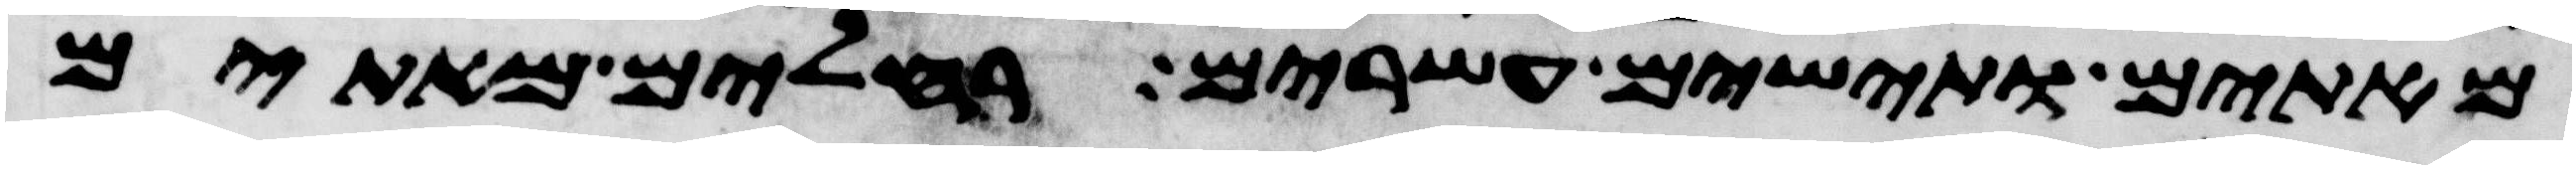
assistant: מאתים ותישים עשרים רחלים מאתים